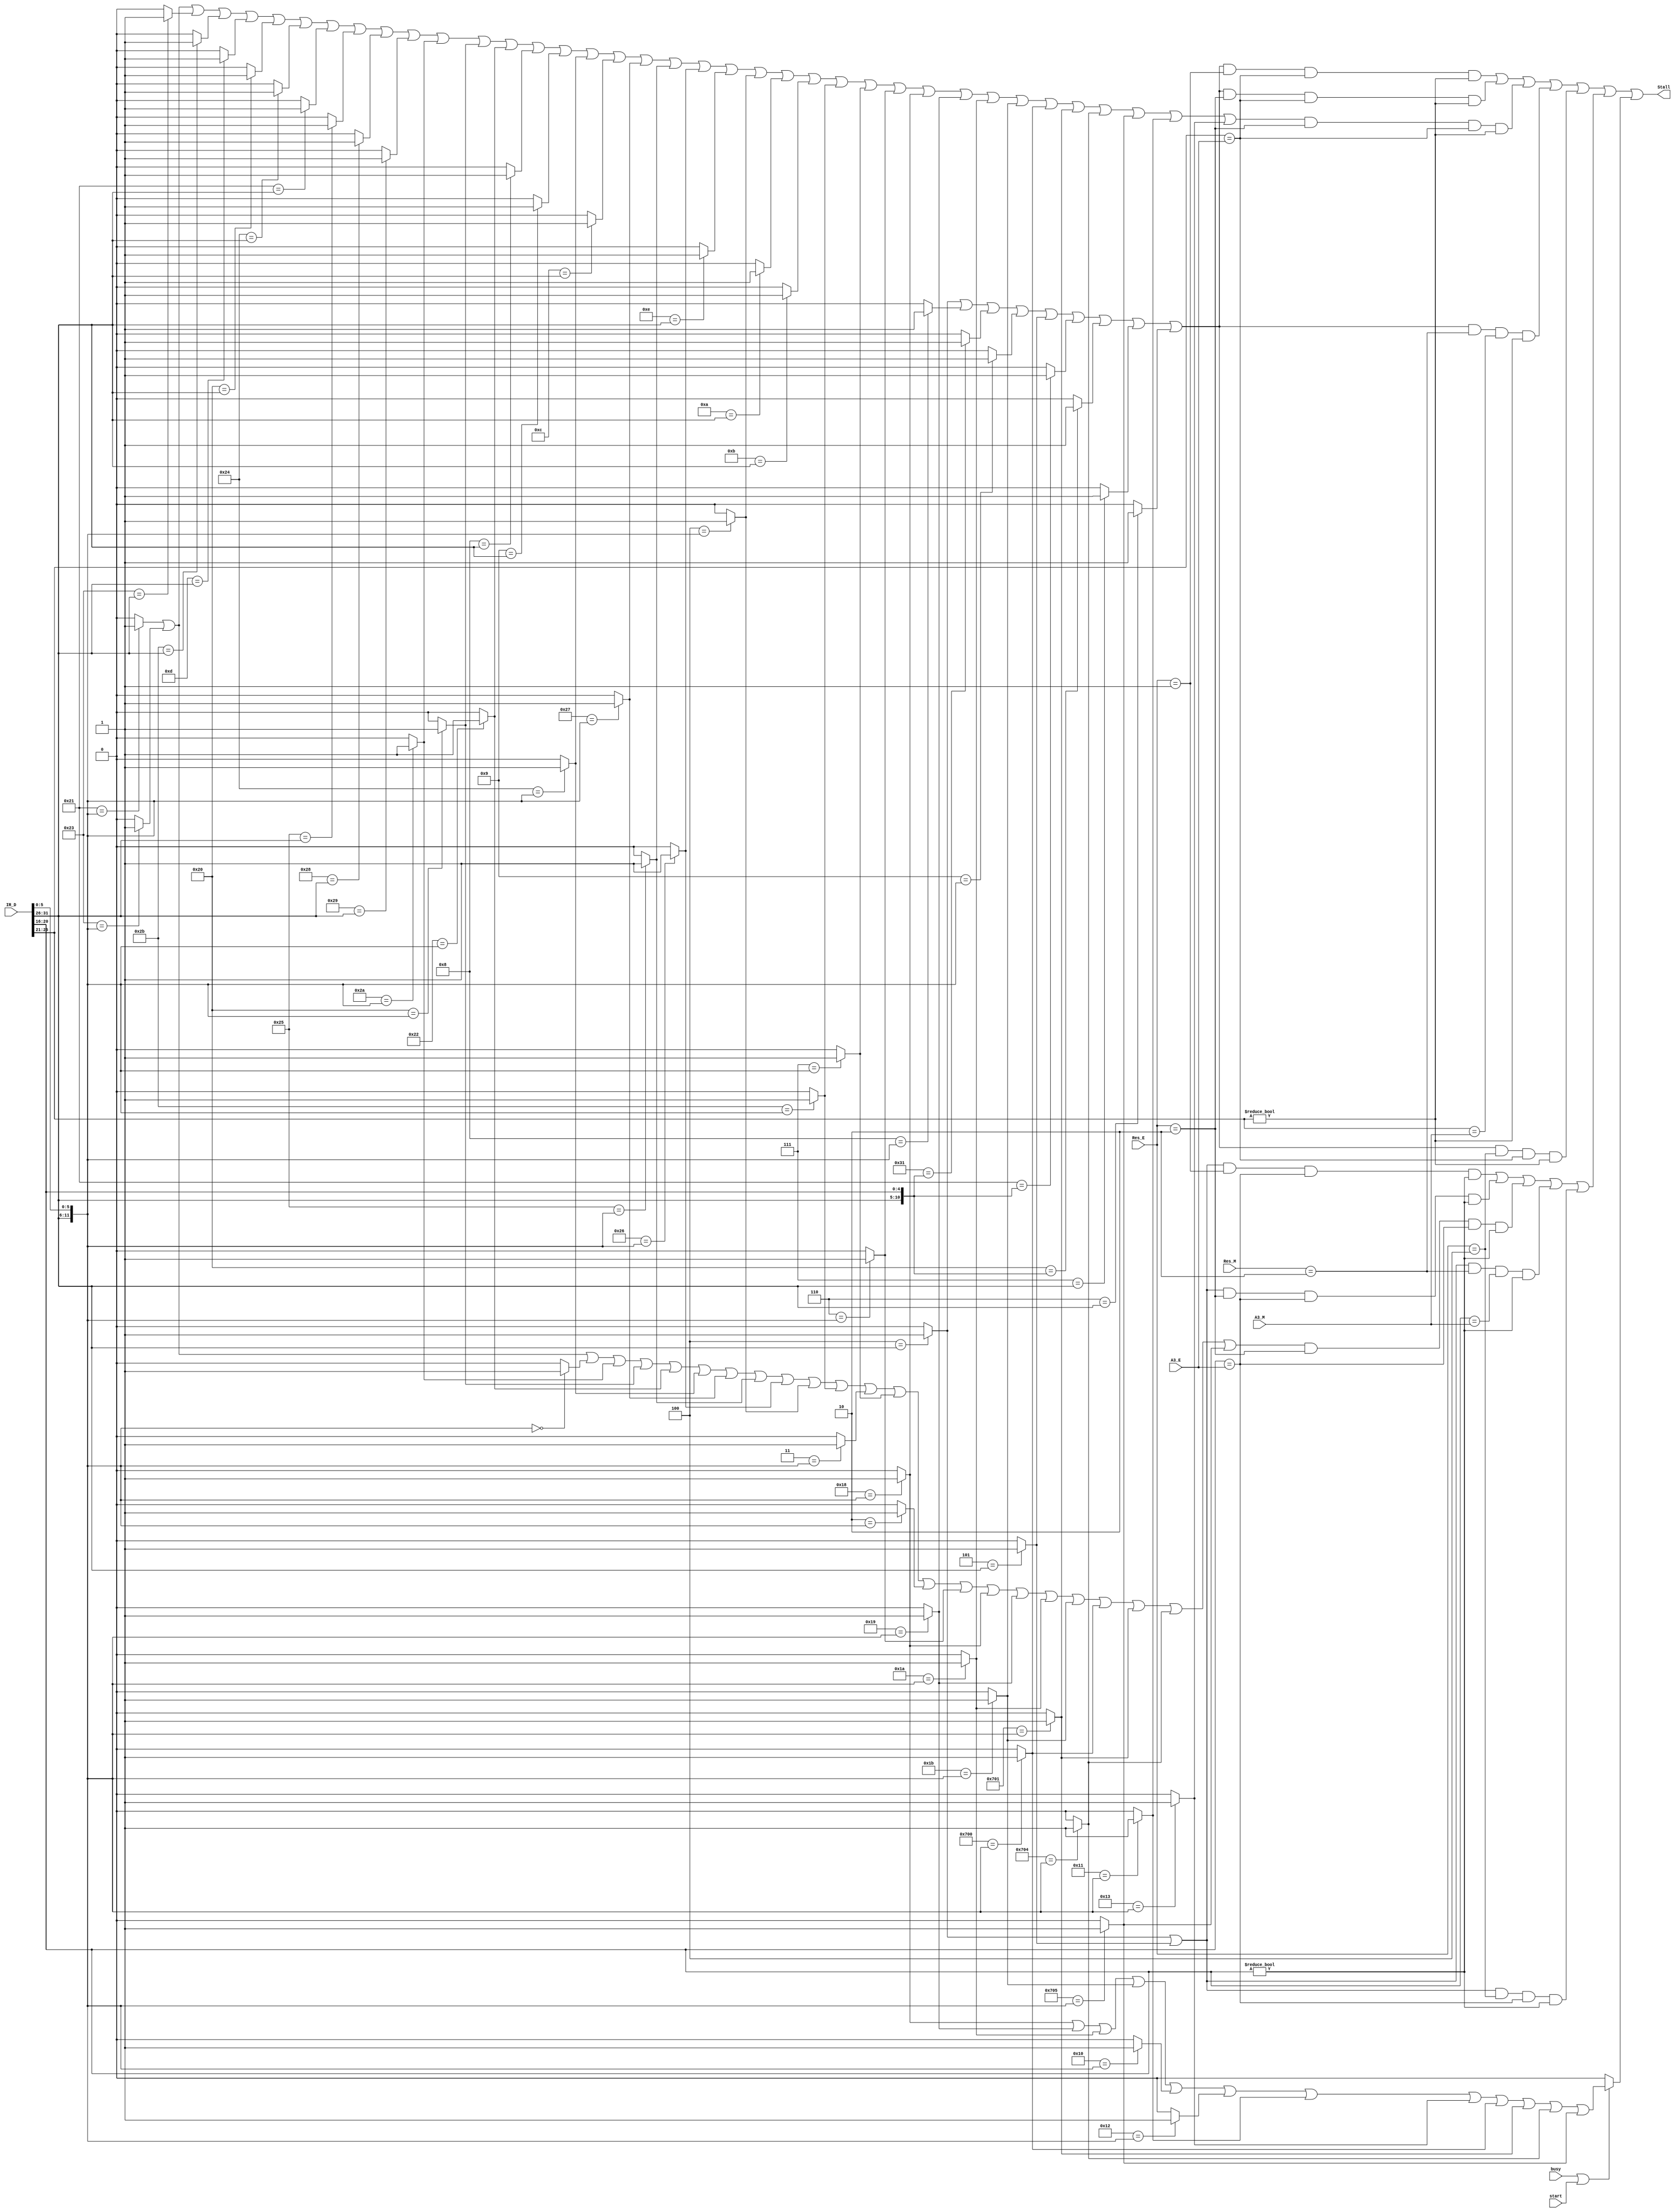
`timescale 1ns / 1ps
//////////////////////////////////////////////////////////////////////////////////
// Company: 
// Engineer: 
// 
// Design Name: 
// Module Name:    stall 
// Project Name: 
// Target Devices: 
// Tool versions: 
// Description: 
//
// Dependencies: 
//
// Revision: 
// Revision 0.01 - File Created
// Additional Comments: 
//
//////////////////////////////////////////////////////////////////////////////////

    `define ADDU 12'b000000100001
	 `define SUBU 12'b000000100011
	 `define ORI 6'b001101
	 `define LW 6'b100011
	 `define SW 6'b101011
	 `define BEQ 6'b000100
	 `define LUI 6'b001111
	 `define SLL 12'b000000000000
	 `define JAL 6'b000011
	 `define JR 12'b000000001000
	 `define J 6'b000010
	 //
	 `define BGEZAL 11'b00000110001
	 `define LB 6'b100000
	 `define LBU 6'b100100
	 `define LH 6'b100001
	 `define LHU 6'b100101
	 `define SB 6'b101000
	 `define SH 6'b101001
	 `define SLT 12'b000000101010
	 //P6
	 `define ADD 12'b000000100000
	 `define ADDI 6'b001000
	 `define ADDIU 6'b001001
	 `define AND 12'b000000100100
	 `define ANDI 6'b001100
	 `define BGEZ 11'b00000100001//rt
	 `define BGTZ 6'b000111
	 `define BLEZ 6'b000110
	 `define BLTZ 11'b00000100000
	 `define BNE 6'b000101
	 `define DIV 12'b000000011010
	 `define DIVU 12'b000000011011
	 `define JALR 12'b000000001001
	 `define MFHI 12'b000000010000
	 `define MFLO 12'b000000010010
	 `define MTHI 12'b000000010001
	 `define MTLO 12'b000000010011
	 `define MULT 12'b000000011000
	 `define MULTU 12'b000000011001
	 `define NOR 12'b000000100111
	 `define OR 12'b000000100101
	 `define SLLV 12'b000000000100
	 `define SLTI 6'b001010
	 `define SLTIU 6'b001011
	 `define SLTU 12'b000000101011
	 `define SRA 12'b000000000011
	 `define SRAV 12'b000000000111
	 `define SRL 12'b000000000010
	 `define SRLV 12'b000000000110
	 `define SUB 12'b000000100010
	 `define XOR 12'b000000100110
	 `define XORI 6'b001110
	 //
	 `define MADD 12'b011100000000
	 `define MADDU 12'b011100000001
	 `define MSUB 12'b011100000100
	 `define MSUBU 12'b011100000101
`define ALU 3'b001
`define DM 3'b010
`define PC 3'b011
`define MD 3'b100
`define NW 3'b000

module stall(
    input [2:0] Res_E,
    input [2:0] Res_M,
    input [31:0] IR_D,
	 input [4:0] A3_E,
	 input [4:0] A3_M,
	 input busy,
	 input start,
    output reg Stall
    );
	 wire [4:0] rs,rt;
	 wire [5:0] opcode,func;
	 wire addu_,subu_,ori_,lw_,sw_,beq_,lui_,jr_,jal_,j_,sll_,bgezal_,lb_,lbu_,lh_,lhu_,sb_,sh_,slt_;
	 wire add_,addi_,addiu_,and_,andi_,bgez_,bgtz_,blez_,bltz_,bne_,div_,divu_,jalr_,mfhi_,mflo_;
	 wire mthi_,mtlo_,mult_,multu_,nor_,or_,sllv_,slti_,sltiu_,sltu_,sra_,srav_,srl_,srlv_,sub_,xor_,xori_;
	 wire madd_,maddu_,msub_,msubu_;
	 wire Tuse_RS0,Tuse_RS1,Tuse_RT0,Tuse_RT1,Tuse_RT2;
	 reg Stall_RS0_E1,Stall_RS0_E2,Stall_RS1_E2,Stall_RS0_M1,Stall_RT0_E1,Stall_RT0_E2,Stall_RT1_E2,Stall_RT0_M1,Stall_RS,Stall_RT,Stall_MD,Stall_RS0_E4,Stall_RT0_E4;
	 assign rs = IR_D[25:21];
	 assign rt = IR_D[20:16];
	 assign opcode = IR_D[31:26];
	 assign func = IR_D[5:0];
	 
	 //R
	 assign addu_ = (`ADDU=={opcode[5:0],func[5:0]})?1:0;
	 assign subu_ = (`SUBU=={opcode[5:0],func[5:0]})?1:0;
	 assign sll_ = (`SLL=={opcode[5:0],func[5:0]})?1:0;
	 assign jr_ = (`JR=={opcode[5:0],func[5:0]})?1:0;
	 assign ori_ = (`ORI=={opcode[5:0]})?1:0;
	 assign lw_ = (`LW=={opcode[5:0]})?1:0;
	 assign sw_ = (`SW=={opcode[5:0]})?1:0; 
    assign beq_ = (`BEQ=={opcode[5:0]})?1:0;	
    assign lui_ = (`LUI=={opcode[5:0]})?1:0;
    assign j_ = (`J=={opcode[5:0]})?1:0;	 
	 assign jal_ = (`JAL=={opcode[5:0]})?1:0;
	 //
	 assign bgezal_ = (`BGEZAL=={opcode[5:0],rt[4:0]})?1:0;
	 assign lb_ = (`LB=={opcode[5:0]})?1:0;
	 assign lbu_ = (`LBU=={opcode[5:0]})?1:0;
	 assign lh_ = (`LH=={opcode[5:0]})?1:0;
	 assign lhu_ = (`LHU=={opcode[5:0]})?1:0;
	 assign sb_ = (`SB=={opcode[5:0]})?1:0; 
	 assign sh_ = (`SH=={opcode[5:0]})?1:0; 
	 assign slt_ = (`SLT=={opcode[5:0],func[5:0]})?1:0;
	 //
	 assign add_ = (`ADD=={opcode[5:0],func[5:0]})?1:0;
	 assign addi_ = (`ADDI=={opcode[5:0]})?1:0;
	 assign addiu_ = (`ADDIU=={opcode[5:0]})?1:0;	 
	 assign and_ = (`AND=={opcode[5:0],func[5:0]})?1:0;
    assign andi_ = (`ANDI=={opcode[5:0]})?1:0;
	 assign bgez_ = (`BGEZ=={opcode[5:0],rt[4:0]})?1:0;
	 assign bgtz_ = (`BGTZ=={opcode[5:0]})?1:0;
	 assign blez_ = (`BLEZ=={opcode[5:0]})?1:0;
	 assign bltz_ = (`BLTZ=={opcode[5:0],rt[4:0]})?1:0;
	 assign bne_ = (`BNE=={opcode[5:0]})?1:0;
	 assign div_ = (`DIV=={opcode[5:0],func[5:0]})?1:0;
	 assign divu_ = (`DIVU=={opcode[5:0],func[5:0]})?1:0;
	 assign jalr_ = (`JALR=={opcode[5:0],func[5:0]})?1:0;
	 assign mfhi_ = (`MFHI=={opcode[5:0],func[5:0]})?1:0;
	 assign mflo_ = (`MFLO=={opcode[5:0],func[5:0]})?1:0;
	 assign mthi_ = (`MTHI=={opcode[5:0],func[5:0]})?1:0;
	 assign mtlo_ = (`MTLO=={opcode[5:0],func[5:0]})?1:0;
	 assign mult_ = (`MULT=={opcode[5:0],func[5:0]})?1:0;
	 assign multu_ = (`MULTU=={opcode[5:0],func[5:0]})?1:0;
	 assign nor_ = (`NOR=={opcode[5:0],func[5:0]})?1:0;
	 assign or_ = (`OR=={opcode[5:0],func[5:0]})?1:0;
	 assign sllv_ = (`SLLV=={opcode[5:0],func[5:0]})?1:0;
	 assign slti_ = (`SLTI=={opcode[5:0]})?1:0;
	 assign sltiu_ = (`SLTIU=={opcode[5:0]})?1:0;
	 assign sltu_ = (`SLTU=={opcode[5:0],func[5:0]})?1:0;
	 assign sra_ = (`SRA=={opcode[5:0],func[5:0]})?1:0;
	 assign srav_ = (`SRAV=={opcode[5:0],func[5:0]})?1:0;
	 assign srl_ = (`SRL=={opcode[5:0],func[5:0]})?1:0;
	 assign srlv_ = (`SRLV=={opcode[5:0],func[5:0]})?1:0;
	 assign sub_ = (`SUB=={opcode[5:0],func[5:0]})?1:0;
	 assign xor_ = (`XOR=={opcode[5:0],func[5:0]})?1:0;
	 assign xori_ = (`XORI=={opcode[5:0]})?1:0;
	 //
	 assign madd_ = (`MADD=={opcode[5:0],func[5:0]})?1:0;
    assign maddu_ = (`MADDU=={opcode[5:0],func[5:0]})?1:0;
	 assign msub_ = (`MSUB=={opcode[5:0],func[5:0]})?1:0;
	 assign msubu_ = (`MSUBU=={opcode[5:0],func[5:0]})?1:0;
	 //
	 assign Tuse_RS0 = beq_||jr_||bgezal_||jalr_||bne_||bgez_||bltz_||bgtz_||blez_;
	 assign Tuse_RS1 = addu_||subu_||lw_||sw_||ori_||lb_||lbu_||lh_||lhu_||sb_||sh_||slt_||add_||sub_||addi_||addiu_||and_||andi_||nor_||or_||xor_||xori_||sllv_||slti_||sltiu_||sltu_||srav_||srlv_||mult_||multu_||div_||divu_||madd_||maddu_||msub_||msubu_||mthi_||mtlo_;
	 assign Tuse_RT0 = beq_||bne_;
	 assign Tuse_RT1 = addu_||subu_||sll_||slt_||add_||sub_||and_||nor_||or_||xor_||sllv_||sltu_||sra_||srav_||srl_||srlv_||mult_||multu_||div_||divu_||madd_||maddu_||msub_||msubu_;
	 assign Tuse_RT2 = sw_||sh_||sb_;
	 always @* begin
	   Stall_RS0_E1 = Tuse_RS0 & (Res_E==`ALU) & (rs == A3_E) & (rs != 0);
      Stall_RS0_E2 = Tuse_RS0 & (Res_E==`DM) & (rs == A3_E) & (rs != 0);
		Stall_RS0_E4 = Tuse_RS0 & (Res_E==`MD) & (rs == A3_E) & (rs != 0);
		Stall_RS1_E2 = Tuse_RS1 & (Res_E==`DM) & (rs == A3_E) & (rs != 0);
      Stall_RS0_M1 = Tuse_RS0 & (Res_M==`DM) & (rs == A3_M) & (rs != 0);
		
		Stall_RS = Stall_RS0_E1 ||Stall_RS0_E2 ||Stall_RS1_E2 ||Stall_RS0_M1||Stall_RS0_E4;
		
		Stall_RT0_E1 = Tuse_RT0 & (Res_E==`ALU) & (rt == A3_E) & (rt != 0);
      Stall_RT0_E2 = Tuse_RT0 & (Res_E==`DM) & (rt == A3_E) & (rt != 0);
		Stall_RT0_E4 = Tuse_RT0 & (Res_E==`MD) & (rt == A3_E) & (rt != 0);
		Stall_RT1_E2 = Tuse_RT1 & (Res_E==`DM) & (rt == A3_E) & (rt != 0);
      Stall_RT0_M1 = Tuse_RT0 & (Res_M==`DM) & (rt == A3_M) & (rt != 0);
		
		Stall_RT = Stall_RT0_E1 ||Stall_RT0_E2 ||Stall_RT1_E2 ||Stall_RT0_M1||Stall_RT0_E4;
		
		if(busy||start) begin Stall_MD = mult_||multu_||div_||divu_||mfhi_||mflo_||mthi_||mtlo_||madd_||maddu_||msub_||msubu_; end
		else begin Stall_MD = 0; end
		
		Stall = Stall_RS||Stall_RT||Stall_MD;
	 end


endmodule